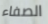
الصفاء